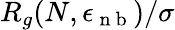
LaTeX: R_{g}(N,\epsilon_{\mathrm{~n~b~}})/\sigma